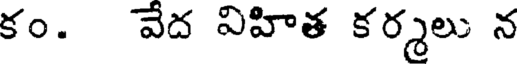
కం. వేద విహిత కర్మలు న